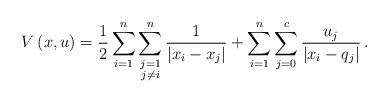
LaTeX: \begin{align*}V\left(x,u\right)=\frac{1}{2}\sum_{i=1}^{{n}}\sum_{\substack{j=1\\j\neq{i}}}^{{n}}\frac{1}{\left|x_i-x_j\right|}+\sum_{i=1}^{{n}}\sum_{j=0}^{c}\frac{u_j}{\left|x_i-q_j\right|}\,.\end{align*}